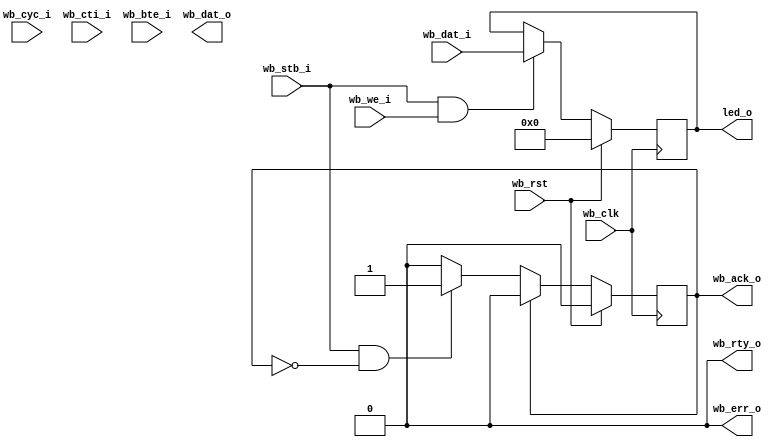
//////////////////////////////////////////////////////////////////////////////////
// Company: 
// Engineer: 
// 
// Design Name: 
// Module Name:    test 
// Project Name: 
// Target Devices: 
// Tool versions: 
// Description: 
//
// Dependencies: 
//
// Revision: 
// Revision 0.01 - File Created
// Additional Comments: 
//
//////////////////////////////////////////////////////////////////////////////////

//`include "ledtest_wb_slave.v"
//`include "ledmod.v"

/*
 *
 * Simple 24-bit wide GPIO module
 * 
 * Can be made wider as needed, but must be done manually.
 * 
 * First lot of bytes are the GPIO I/O regs
 * Second lot are the direction registers
 * 
 * Set direction bit to '1' to output corresponding data bit.
 *
 * Register mapping:
 *  
 * For 8 GPIOs we would have
 * adr 0: gpio data 7:0
 * adr 1: gpio data 15:8
 * adr 2: gpio data 23:16
 * adr 3: gpio dir 7:0
 * adr 4: gpio dir 15:8
 * adr 5: gpio dir 23:16
 * 
 * Backend pinout file needs to be updated for any GPIO width changes.
 * 
 */ 

module ledtest(
	    wb_clk,
	    wb_rst,
	    
	    wb_dat_i,
	    wb_we_i,
	    wb_cyc_i,
	    wb_stb_i,
	    wb_cti_i,
	    wb_bte_i,

	    wb_ack_o,
	    wb_dat_o,
	    wb_err_o,
	    wb_rty_o,

	    led_o);

   input wb_clk;
   input wb_rst;
   
   input [7:0] wb_dat_i;
   input 		    wb_we_i;
   input 		    wb_cyc_i;
   input 		    wb_stb_i;
   input [2:0] 		    wb_cti_i;
   input [1:0] 		    wb_bte_i;
   output reg [7:0] wb_dat_o; // constantly sampling gpio in bus
   output reg 		     wb_ack_o;
   output 		     wb_err_o;
   output 		     wb_rty_o;   

   output [7:0] led_o;

   // Internal registers
   reg [7:0]   set;

   assign led_o = set;
   
   // GPIO data out register
   always @(posedge wb_clk)
     if (wb_rst)
       set <= 0; // All set to in at reset
     else if (wb_stb_i & wb_we_i)
       begin
	  set <= wb_dat_i;
/*	  if (wb_adr_i == 1)
	    gpio_o[15:8] <= wb_dat_i;
   	  if (wb_adr_i == 2)
	    gpio_o[23:16] <= wb_dat_i; */
	  /* Add appropriate address detection here for wider GPIO */
       end
   
   // Ack generation
   always @(posedge wb_clk)
     if (wb_rst)
       wb_ack_o <= 0;
     else if (wb_ack_o)
       wb_ack_o <= 0;
     else if (wb_stb_i & !wb_ack_o)
       wb_ack_o <= 1;

   assign wb_err_o = 0;
   assign wb_rty_o = 0;
   

endmodule // gpio
/*
module ledtest(
    // wb slave
    wb_clk,
    wb_rst,
    
    wb_dat_i,
    wb_we_i,
    wb_cyc_i,
    wb_stb_i,
    wb_cti_i,
    wb_bte_i,

    wb_ack_o,
    wb_dat_o,
    wb_err_o,
    wb_rty_o,

    led_o	// output led
    );

   input wb_clk;
   input wb_rst;
   
   input [7:0] 		    wb_dat_i;
   input 		    wb_we_i;
   input 		    wb_cyc_i;
   input 		    wb_stb_i;
   input [2:0] 		    wb_cti_i;
   input [1:0] 		    wb_bte_i;
   output [7:0] 	    wb_dat_o;
   output 		    wb_ack_o;
   output 		    wb_err_o;
   output 		    wb_rty_o;   

   output [7:0] led_o;

   wire [7:0] set;

   ledtest_wb_slave wbs
   (
      .wb_clk	(wb_clk),
      .wb_rst	(wb_rst),
      .wb_dat_i (dat),
      .wb_we_i (we),
      .wb_cyc_i	(wb_cyc_i),
      .wb_stb_i (stb),
      .wb_cti_i	(wb_cti_i),
      .wb_bte_i	(wb_bte_i),
      .wb_dat_o	(wb_dat_o),
      .wb_err_o	(wb_err_o),
      .wb_rty_o	(wb_rty_o),
      .led_o	(set)
   );

   ledmod mod
   (
      .set_i	(set),
      .led_o	(led_o)
   );

endmodule */